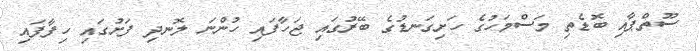
ސޫތްޕާއި ބޮޑެތި މަސްމަހުގެ ހަށިގަނޑުގެ ބޭރުގައި ޖަހާފައި ހުންނަ ލޮނދި ފަށުގައި ހިފާފައި